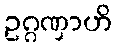
ဥဂ္ဂဏှာဟိ